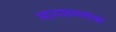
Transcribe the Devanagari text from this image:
मानसमयंक